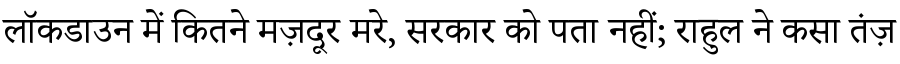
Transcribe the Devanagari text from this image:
लॉकडाउन में कितने मज़दूर मरे, सरकार को पता नहीं; राहुल ने कसा तंज़